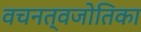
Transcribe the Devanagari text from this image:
वचनत्वजोतिका